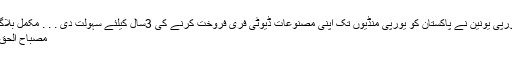
یورپی یونین نے پاکستان کو یورپی منڈیوں تک اپنی مصنوعات ڈیوٹی فری فروخت کرنے کی 3سال کیلئے سہولت دی . . . مکمل بلاگ
مصباح الحق ۔